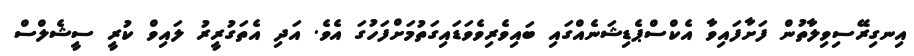
އިނގިރޭސިވިލާތުން ފަށާފައިވާ އެކްސްޕެޑިޝަނެއްގައި ބައިވެރިވެވަޑައިގަތުމަށްފަހުގަ އެވެ. އަދި އެތަގުރީރު ލައިވް ކުރީ ސީޝެލްސް